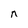
Character: n